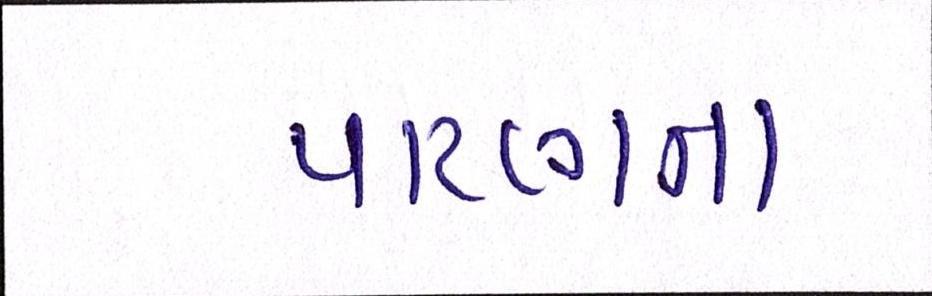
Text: પાટણના